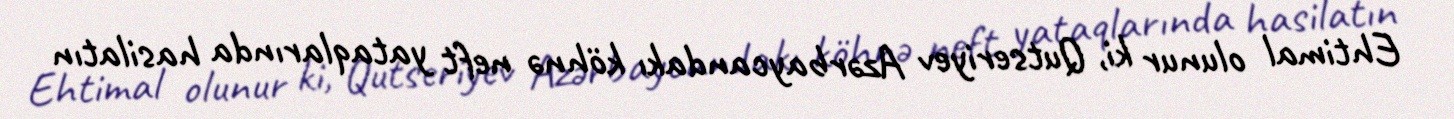
Ehtimal olunur ki, Qutseriyev Azərbaycandakı köhnə neft yataqlarında hasilatın